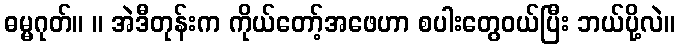
ဓမ္မဂုတ်။ ။ အဲဒီတုန်းက ကိုယ်တော့်အဖေဟာ စပါးတွေဝယ်ပြီး ဘယ်ပို့လဲ။